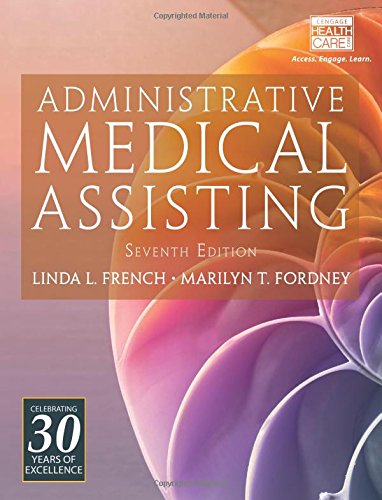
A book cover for Administrative Medical Assisting (with Premium Web Site Printed Access Card); Linda L. French; Test Preparation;